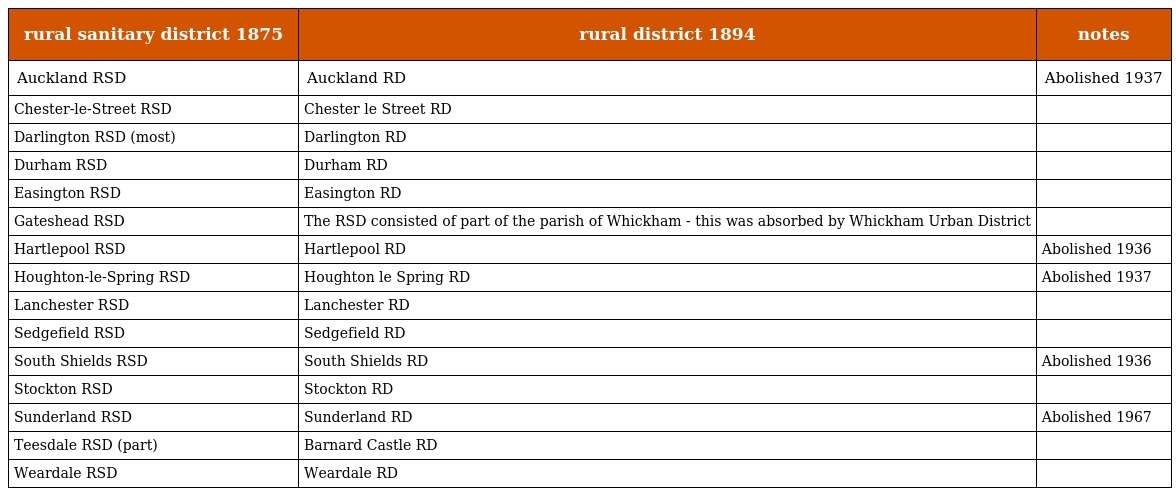
| rural sanitary district 1875 | rural district 1894 | notes |
 | --- | --- | --- |
 | Auckland RSD | Auckland RD | Abolished 1937 |
 | Chester-le-Street RSD | Chester le Street RD |  |
 | Darlington RSD (most) | Darlington RD |  |
 | Durham RSD | Durham RD |  |
 | Easington RSD | Easington RD |  |
 | Gateshead RSD | The RSD consisted of part of the parish of Whickham - this was absorbed by Whickham Urban District |  |
 | Hartlepool RSD | Hartlepool RD | Abolished 1936 |
 | Houghton-le-Spring RSD | Houghton le Spring RD | Abolished 1937 |
 | Lanchester RSD | Lanchester RD |  |
 | Sedgefield RSD | Sedgefield RD |  |
 | South Shields RSD | South Shields RD | Abolished 1936 |
 | Stockton RSD | Stockton RD |  |
 | Sunderland RSD | Sunderland RD | Abolished 1967 |
 | Teesdale RSD (part) | Barnard Castle RD |  |
 | Weardale RSD | Weardale RD |  |